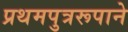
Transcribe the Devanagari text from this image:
प्रथमपुत्ररूपाने